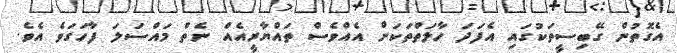
އެގޮތުން ގޭބިސީތަކުގައި އެފަދަ ހާލަތްތަކަށް އެއްވެސް ތައްޔާރީއެއް ނެތް މައްސަލަ ފާހަގަވެ އެވެ.